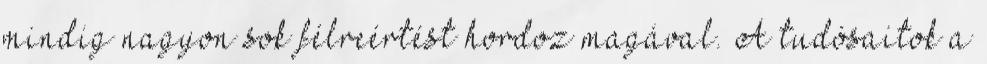
mindig nagyon sok félreértést hordoz magával. A tudósaitok a